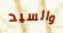
والسيد